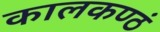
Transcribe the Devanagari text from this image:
कालकण्ठं